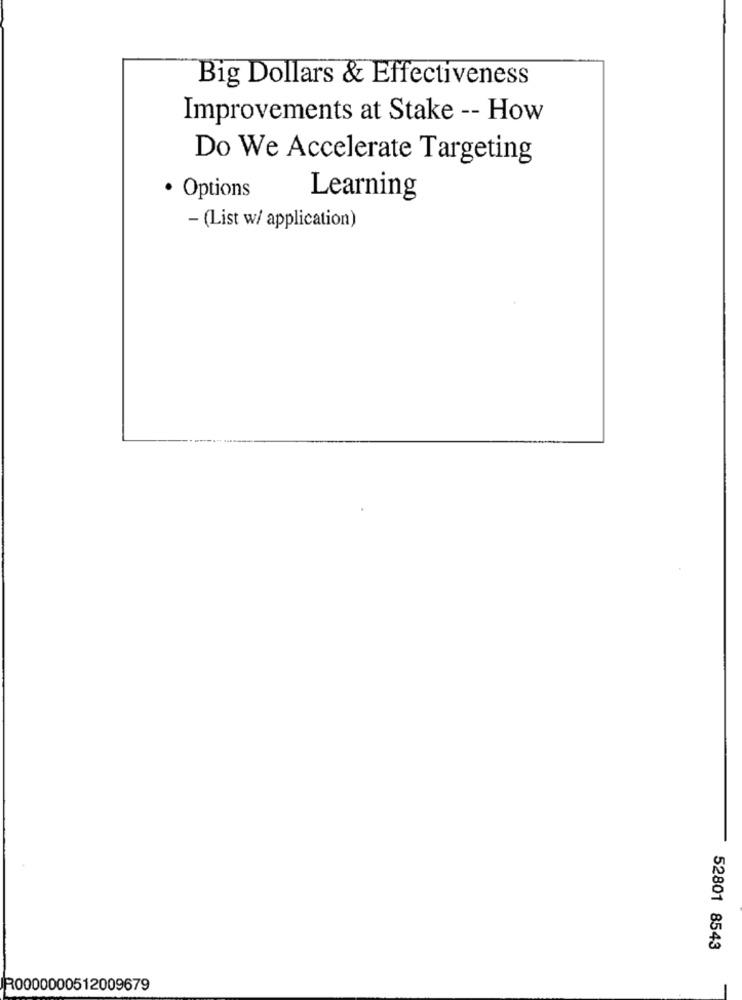
Big Dollars & Effectiveness
Improvements at Stake -- How
Do We Accelerate Targeting
· Options
Learning
- (List w/ application)
52801 8543
R0000000512009679